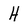
Character: H